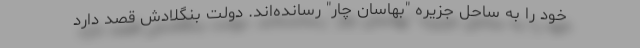
خود را به ساحل جزیره "بهاسان چار" رسانده‌اند. دولت بنگلادش قصد دارد